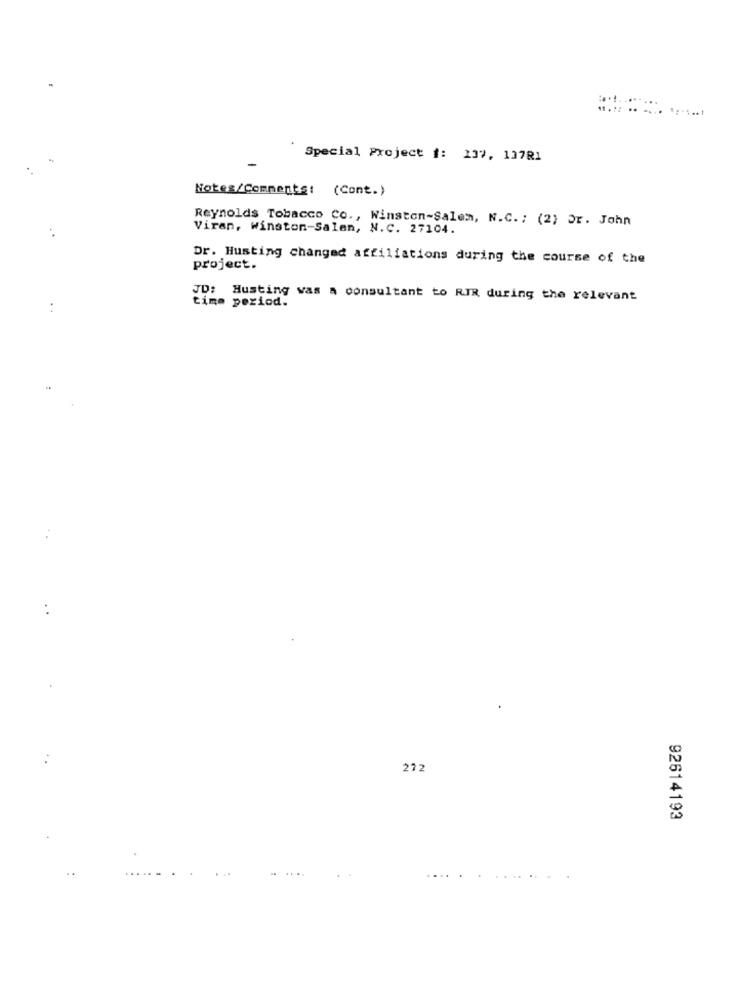
.....
Special Project #: 137, 13781
Notes/Comments: (Cont.)
Reynolds Tobacco Co ., Winston-Salem, N.C. ; (2) Or. John
Viran, Winston-Salen, N.C. 27104.
Dr. Husting changed affiliations during the course of the
project.
JD: Husting was a consultant to RIR during the relevant
time period.
272
92614193